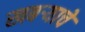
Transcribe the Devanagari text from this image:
खबर्‍याचे